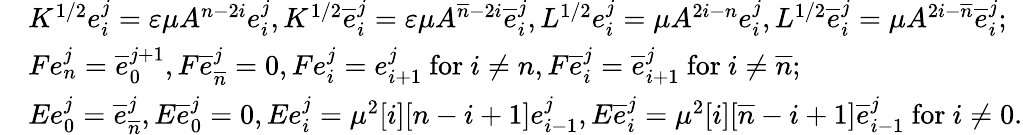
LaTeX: \begin{array}{rl}&{K^{1/2}e_{i}^{j}=\varepsilon\mu A^{n-2i}e_{i}^{j},K^{1/2}\overline{{e}}_{i}^{j}=\varepsilon\mu A^{\overline{{n}}-2i}\overline{{e}}_{i}^{j},L^{1/2}e_{i}^{j}=\mu A^{2i-n}e_{i}^{j},L^{1/2}\overline{{e}}_{i}^{j}=\mu A^{2i-\overline{{n}}}\overline{{e}}_{i}^{j};}\\ &{Fe_{n}^{j}=\overline{{e}}_{0}^{j+1},F\overline{{e}}_{\overline{{n}}}^{j}=0,Fe_{i}^{j}=e_{i+1}^{j}\mathrm{~for~}i\neq n,F\overline{{e}}_{i}^{j}=\overline{{e}}_{i+1}^{j}\mathrm{~for~}i\neq\overline{{n}};}\\ &{Ee_{0}^{j}=\overline{{e}}_{\overline{{n}}}^{j},E\overline{{e}}_{0}^{j}=0,Ee_{i}^{j}=\mu^{2}[i][n-i+1]e_{i-1}^{j},E\overline{{e}}_{i}^{j}=\mu^{2}[i][\overline{{n}}-i+1]\overline{{e}}_{i-1}^{j}\mathrm{~for~}i\neq 0.}\end{array}